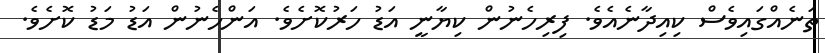
ތަނެއްގައިވެސް ކިއިދާނެއެވެ. ފިރިހެނުން ކިޔާނީ އަޑު ހަރުކޮށެވެ. އަންހެނުން އަޑު މަޑު ކޮށެވެ.